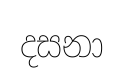
දසනා